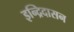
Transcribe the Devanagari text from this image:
इन्द्रिदासन